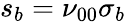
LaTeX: s_{b}=\nu_{00}\sigma_{b}